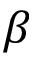
\beta